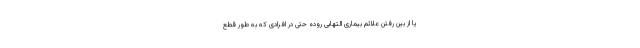
یا از بین رفتن علائم بیماری التهابی روده حتی در افرادی که به طور قطع